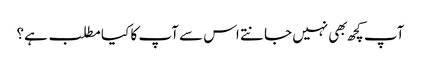
آپ کچھ بهی نہیں جانتے اس سے آپ کا کیا مطلب ہے؟